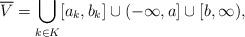
LaTeX: \begin{align*}\overline{V}=\bigcup_{k\in K}[a_{k},b_{k}]\cup(-\infty,a]\cup[b,\infty),\end{align*}